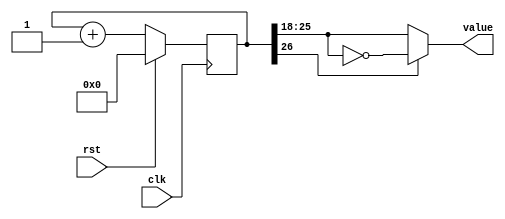
module counter_19 #(parameter CTR_LEN = 27) (
	input wire clk,
	input wire rst,
	output reg [7:0] value
	);
	reg[CTR_LEN-1:0] ctr_d, ctr_q;
	always @(ctr_q) begin
		ctr_d = ctr_q + 1'b1;
		if (ctr_q[CTR_LEN-1] == 1)
			value = ~ctr_q[CTR_LEN-2:CTR_LEN-9];
		else
			value = ctr_q[CTR_LEN-2:CTR_LEN-9];
	end
	always @(posedge clk) begin
		if (rst == 1) begin
			ctr_q <= 'b0;
		end else begin
			ctr_q <= ctr_d;
		end
	end
endmodule